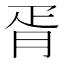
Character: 胥